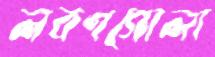
লবণগোলা